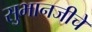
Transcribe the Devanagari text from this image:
सुभानजीचे